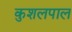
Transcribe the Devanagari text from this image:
कुशलपाल